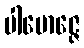
ပါမောဇ္ဇေ